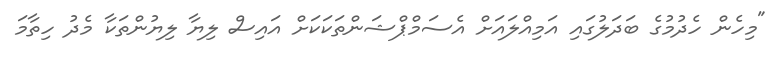
"މިހެން ހެދުމުގެ ބަދަލުގައި އަމިއްލައަށް އެސަމްޕްޝަންތަކަކަށް އައިސް ލިޔާ ލިޔުންތަކާ މެދު ހިތާމަ